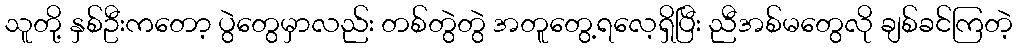
သူတို့ နှစ်ဦးကတော့ ပွဲတွေမှာလည်း တစ်တွဲတွဲ အတူတွေ့ရလေ့ရှိပြီး ညီအစ်မတွေလို ချစ်ခင်ကြတဲ့